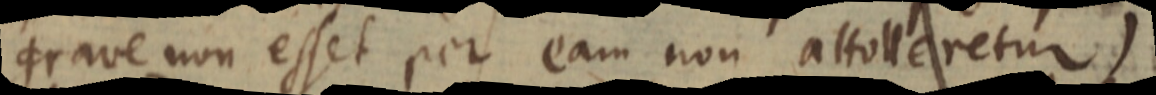
grave non esset per eam non attolleretur)